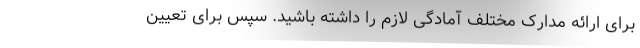
برای ارائه مدارک مختلف آمادگی لازم را داشته باشید. سپس برای تعیین